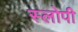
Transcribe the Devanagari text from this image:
स्लोपी